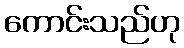
ကောင်းသည်ဟု